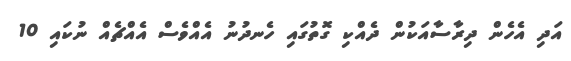
އަދި އެހެން ދިރާސާއަކުން ދެއްކި ގޮތުގައި ހެނދުނު އެއްވެސް އެއްޗެއް ނުކައި 10